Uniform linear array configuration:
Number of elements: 12
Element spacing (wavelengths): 0.5
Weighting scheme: hamming
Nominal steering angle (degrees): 45
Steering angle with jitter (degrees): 44.02
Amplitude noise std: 0.05
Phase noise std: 0.05

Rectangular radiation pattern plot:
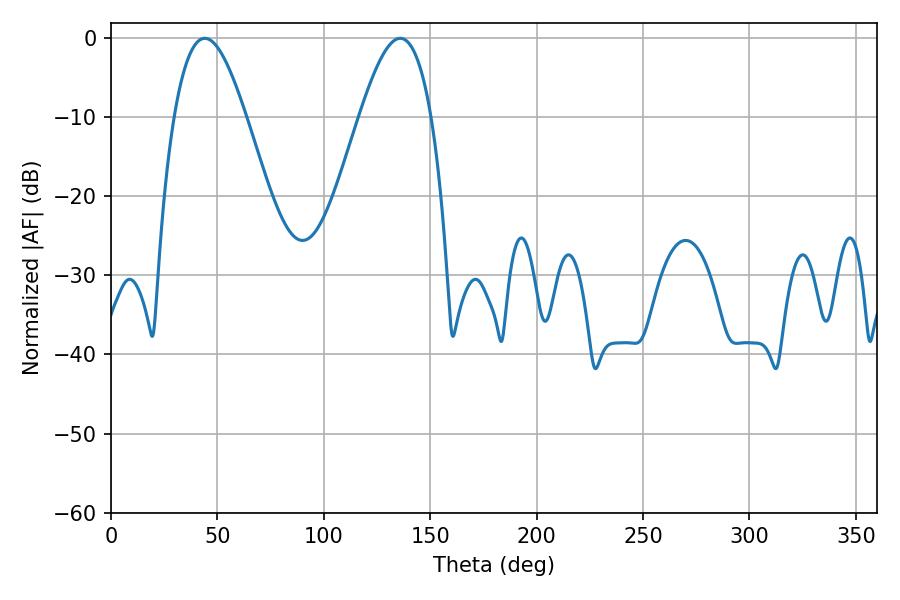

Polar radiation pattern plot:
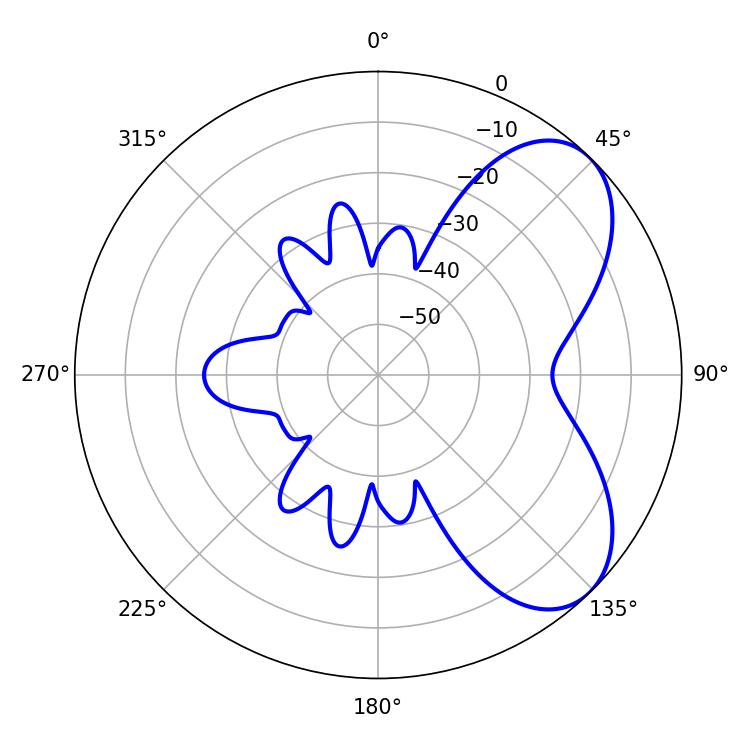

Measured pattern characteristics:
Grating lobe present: FALSE
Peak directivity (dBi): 6.096
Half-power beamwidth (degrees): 18.36
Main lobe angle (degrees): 135.9